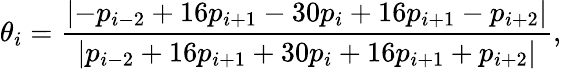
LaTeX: \theta_{i}=\frac{\left|-p_{i-2}+16p_{i+1}-30p_{i}+16p_{i+1}-p_{i+2}\right|}{\left|p_{i-2}+16p_{i+1}+30p_{i}+16p_{i+1}+p_{i+2}\right|},